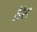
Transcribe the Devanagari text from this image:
टैरेसा